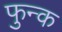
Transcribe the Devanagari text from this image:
फुन्क